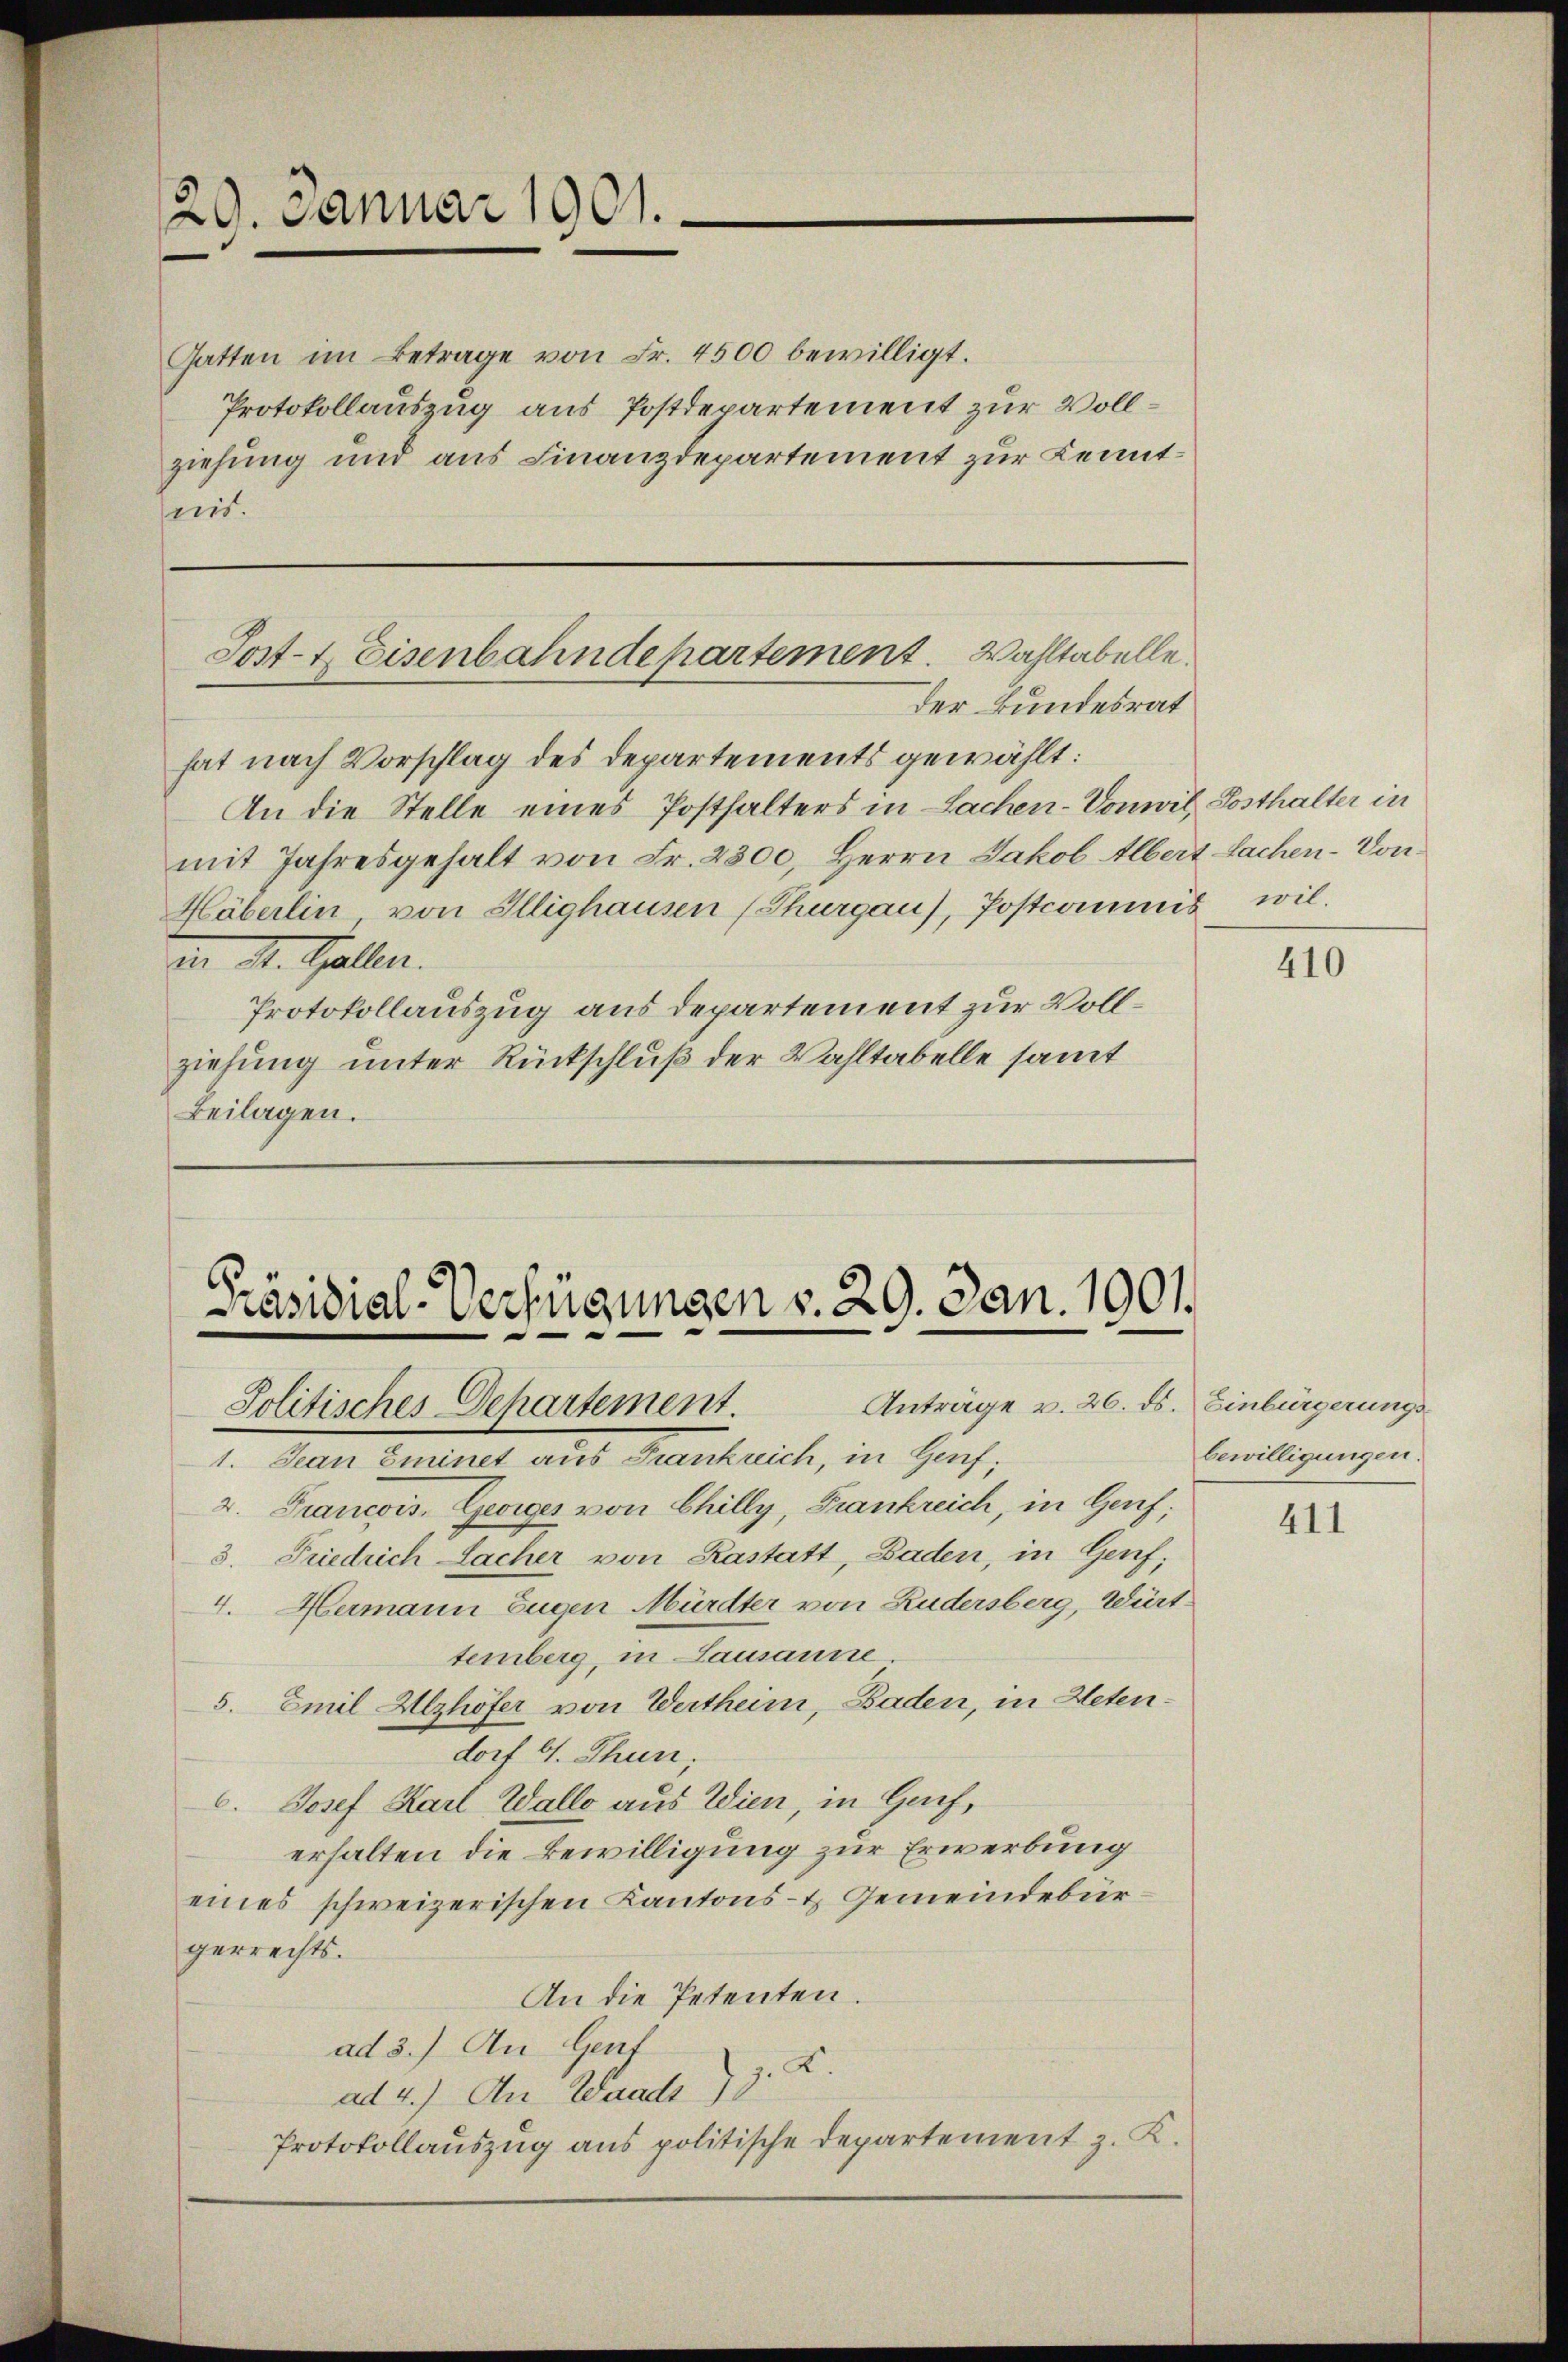
29. Januar 1901.

Gatten im Betrage von Fr. 4500 bewilligt.
Protokollauszug aus Postdepartement zur Vollziehung und aus Finanzdepartement zur Kenntreis.

hat nach Vorschlag des Departements gewählt:
An die Stelle eines Posthalters in Sachen-Vonwil Posthalter in
mit Jahresgehalt von Fr. 2300, Herrn Jakob Albert Sachen-Von¬
Häberlin, von Illighausen (Thurgau), Postcommis wil-
an St. Gallen.
Protokollauszug aus departement zur Vollziehung unter Rückschluß der Wahltabelle samt
Beilagen.

Post- & Eisenbahndepartement. Wahltabelle.
Der Bundesrat

Präsidial-Verfügungen v. 29. Jan. 1901.
Anträge v. 26. ds. Einbürgerungs-
Solitisches Departement.

1. Jean Eminet aus Frankreich, in Genf,
2. Francois, Georges von Chilly, Frankreich, in Genf;
3. Friedrich Lacher von Kastatt, Baden, in Genf;
4. Hermann Eugen Mürdter von Rudersberg, Württemberg, in Lausanne
5. Emil Alzhöfer von Wertheim, Baden, in Hetendorf 6. Thun,
C. Josef Karl Walle aus Wien, in Gacherhalten die Bewilligung zur Erwerbung
eines schweizerischen Kantons- & Gemeindebürgerrechts.
An die Petenten.
ad 3.) An Genf
ad 4.) An Wande 7 J. K.
Protokollauszug aus politische Departement z. K.

410

bewilligungen.

411